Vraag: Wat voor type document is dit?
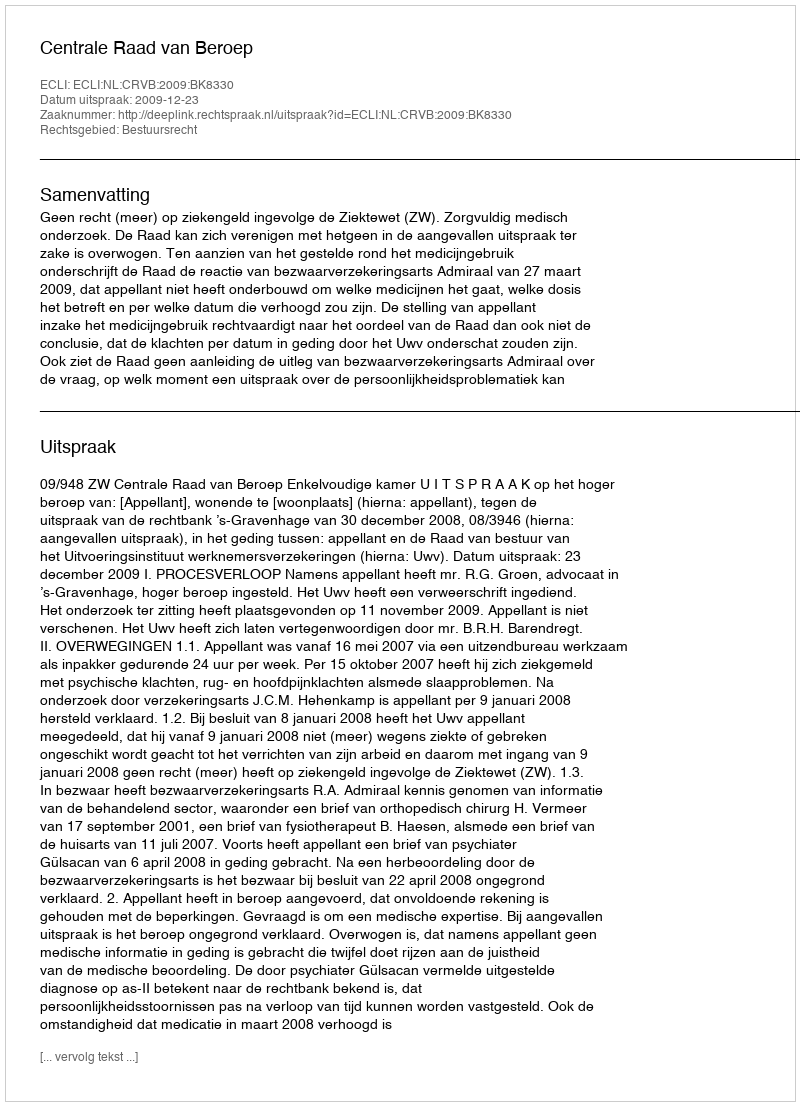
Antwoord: Uitspraak